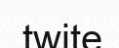
twite